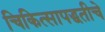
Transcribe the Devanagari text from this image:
चिकित्सापद्धतीचे